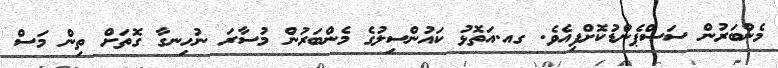
މެންބަރުން ސަސްޕެންޑުކޮށްފިއެވެ. ގއ.އަތޮޅު ކައުންސިލުގެ މެންބަރުން މުސާރަ ނުހިނގާ ގޮތަށް ތިން މަސް